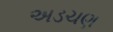
અડચણ